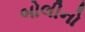
બોલીનો